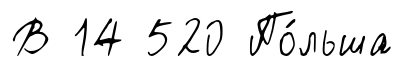
В 14 520 По́льша